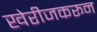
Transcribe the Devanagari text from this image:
खेरीजकरून